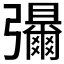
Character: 𫹃